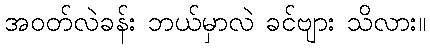
အဝတ်လဲခန်း ဘယ်မှာလဲ ခင်ဗျား သိလား။